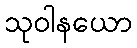
သုဝါနယော